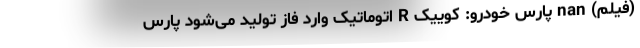
(فیلم) nan پارس خودرو: کوییک R اتوماتیک وارد فاز تولید می‌شود پارس